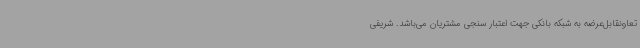
تعاونقابل‌عرضه به شبکه بانکی جهت اعتبار سنجی مشتریان می‌باشد. شریفی